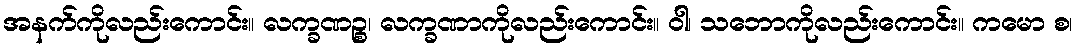
အနက်ကိုလည်းကောင်း။ လက္ခဏဉ္စ၊ လက္ခဏာကိုလည်းကောင်း။ ဝါ၊ သဘောကိုလည်းကောင်း။ ကမော စ၊